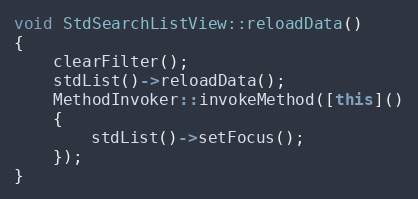
Language: C++
void StdSearchListView::reloadData()
{
    clearFilter();
    stdList()->reloadData();
    MethodInvoker::invokeMethod([this]()
    {
        stdList()->setFocus();
    });
}